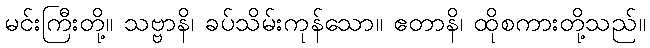
မင်းကြီးတို့။ သဗ္ဗာနိ၊ ခပ်သိမ်းကုန်သော။ ဧတာနိ၊ ထိုစကားတို့သည်။